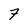
Character: 7